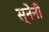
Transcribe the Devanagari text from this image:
स्नेनी